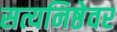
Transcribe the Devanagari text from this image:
सत्यनिष्ठेवर